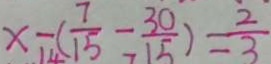
x - ( \frac { 7 } { 1 5 } - \frac { 3 0 } { 1 5 } ) = \frac { 2 } { 3 }